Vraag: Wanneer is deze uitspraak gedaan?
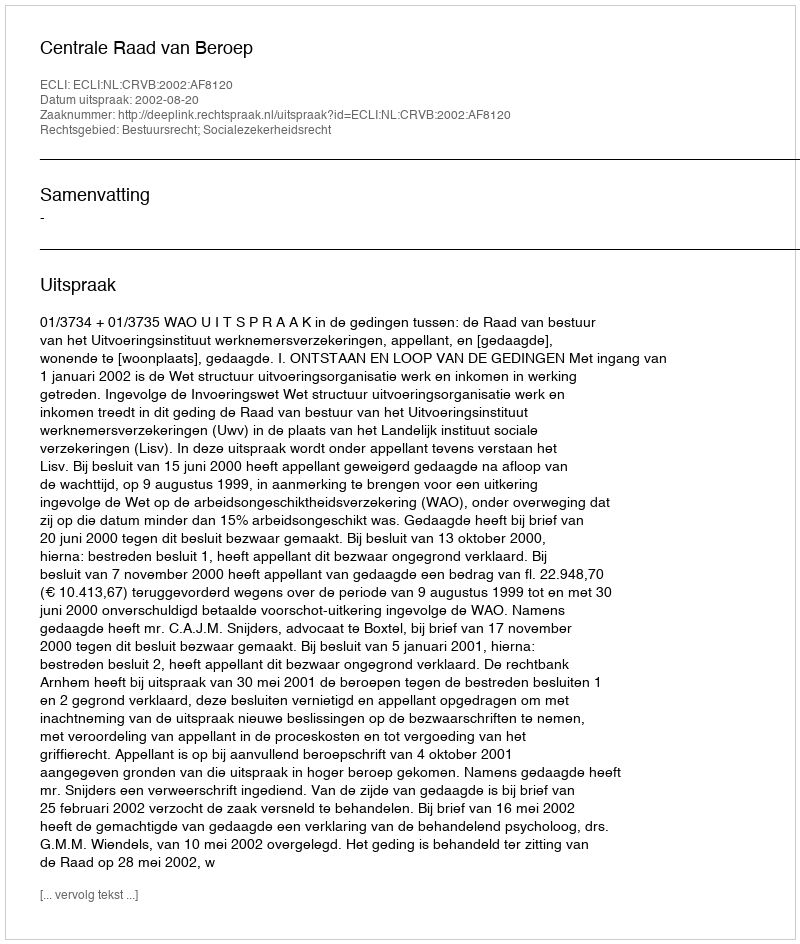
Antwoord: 2002-08-20